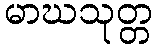
မာဃသုတ္တ